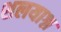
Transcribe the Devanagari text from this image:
शलयाश्न